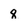
Character: 8